Leaving Certificate Examination (including Day School Certificate (Higher) General paper), 1929
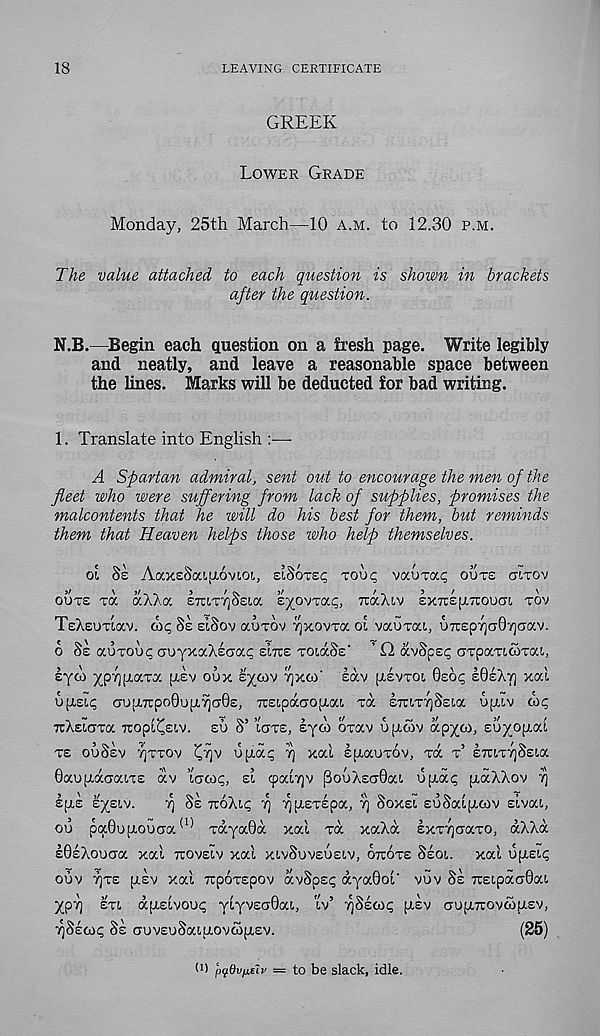
18
LEAVING CERTIFICATE
GREEK
LOWER GRADE
Monday, 25th March—10 A.M. to 12.30 P.M.
The value attached to each question is shown in brackets
after the question.
N.B.—Begin each question on a fresh page. Write legibly
and neatly, and leave a reasonable space between
the lines. Marks will be deducted for bad writing.
1. Translate into English :—
A Spartan admiral, sent out to encourage the men of the
fleet who were suffering from lack of supplies, promises the
malcontents that he will do his best for them, but reminds
them that Heaven helps those who help themselves.
oi Ss AocxeSoufJiovioi,, siSoxe^ TOU*; VOCUTCX^ OUTS CTITOV
OUT£ TOC CCAXOC E7UT7]§£ia EyOVTCC^, TOxXlV £XTC£[i.7TOUC7t, TOV
TeXsimav. coc; §£ EISOV OCOTOV ^xovra o'c vaoxac, U7r£p7)CT0'/)aav.
6 SE auTOUi; auyxaXEcrai; EITTE TOLOCSE’ ’ O avSpE<; crTpaTCOOTai,
tyM ^pTjjaaTa pcsv oox
[^SVTOI, 0EO<; EOEXT] xal
UptECi; GUpCTCpoOupiTiaOE, TTECpdCGOpWa xa E7r!.X7]S£!.a upclv 01^
TCXSIGTOC nopl^Eiv. so S’ ’CGXE, syco oxav upcwv ap^co,
XE OUSEV TJXXOV ^T]V u[aa^ 7) xat Epcauxov, xa x’ ETaxTjSsia
OaupcdcGaiTE av ’cacoi;, el cpaiTjv pooXEG0ai upcai; pcccXXov 7]
IpiE £X£t.v.
y] SE TCOXCC; rj xpiEXEpa, y] SOXEC EuSalptwv sivoa,
ou pa0op.ouGa (1) xaya0a xocl xa xaXa £xx7]<Taxo, aXXa
£0£XouGa xac TCOVECV xal XIVSUVEOECV, OTTOXE SEOL xal upcsc?
ouv 7]xs [LEV xal Trpoxspov avSps^ dya0oc‘ vuv SE TC£ipaG0ai
XPX ETC dpiEivoui; ycyv£CT0a!., cv’ XSEOII; pt£v GupiTuovcopiEV,
XSECO<; SE GUVEuSacpcovcopiEv.
(25)
(1 > p<fdvfxe7v — to be slack, idle.